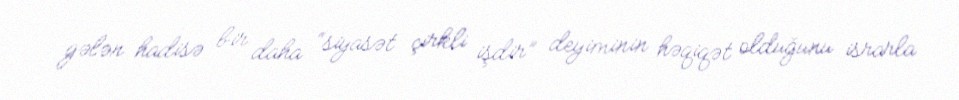
gələn hadisə bir daha “siyasət çirkli işdir” deyiminin həqiqət olduğunu israrla